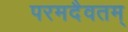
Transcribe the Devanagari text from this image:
परमदैवतम्